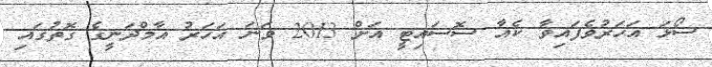
ސޯޅަ އަހަރުވެފައިވާ ކެއާާ ސޮސައިޓީ އަށް 2013 ވަނަ އަހަރު އާމްދަނީގެ ގޮތުގައި